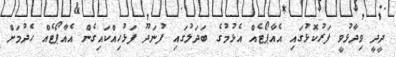
ދީދީ ވިދާޅުވީ ފަރުކޮޅުގައި އެއާޕޯޓެއް އެޅުމުގެ ބަދަލުގައި ފުނަދޫ ފަޅުހިއްކައިގެން އެއާޕޯޓެއް ހެދުމަށް